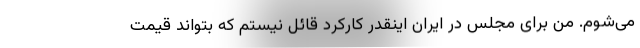
می‌شوم. من برای مجلس در ایران اینقدر کارکرد قائل نیستم که بتواند قیمت